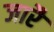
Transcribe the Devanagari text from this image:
जारै